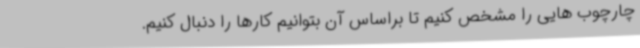
چارچوب هایی را مشخص کنیم تا براساس آن بتوانیم کارها را دنبال کنیم.